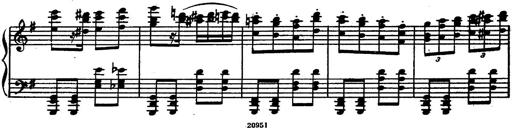
Title: Magyar rapszÃ³diÃ¡k
Composer: Franz Liszt